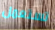
تستعمل